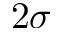
2 \sigma